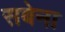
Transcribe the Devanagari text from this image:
सबेना